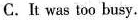
C.It was too busy.